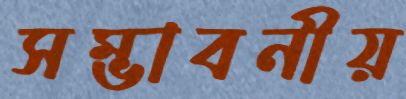
সম্ভাবনীয়